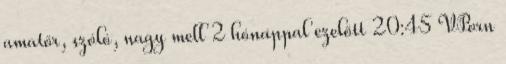
amatőr, szóló, nagy mell 2 hónappal ezelőtt 20:45 VPorn